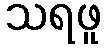
သရဖူ